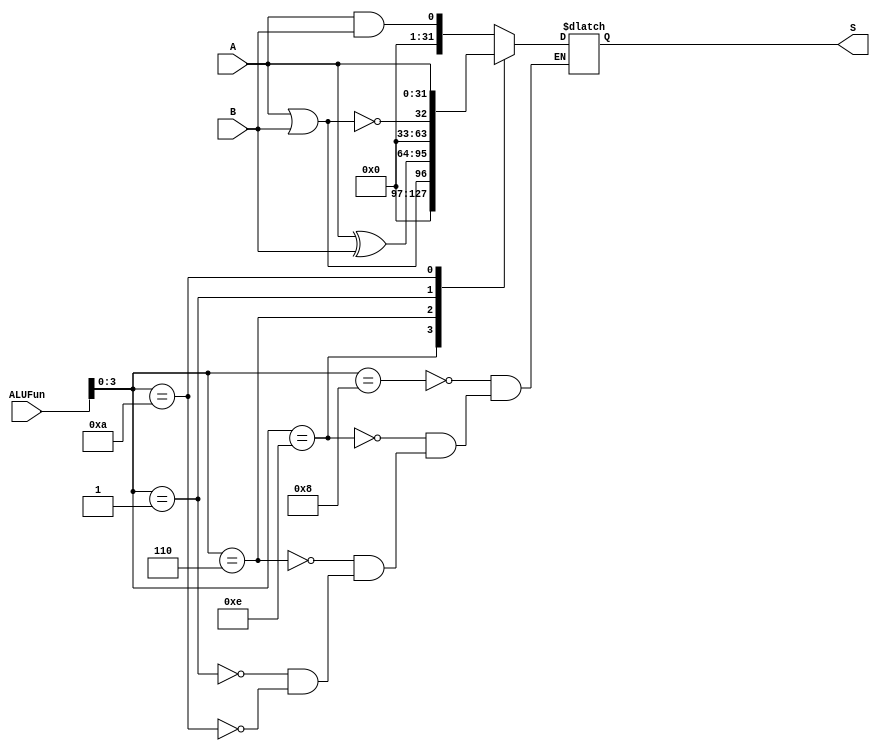
module Logic(A,B,ALUFun,S);
  input [31:0] A,B;
  input [5:0] ALUFun;//[3:0]
  output reg[31:0] S;
  
  //reg S;
  
  always @(*) begin
    case(ALUFun[3:0])
      4'b1000:S=A&&B;
      4'b1110:S=A||B;
      4'b0110:S=A^B;
      4'b0001:S=!(A||B);
      4'b1010:S=A;
    endcase
  end
endmodule